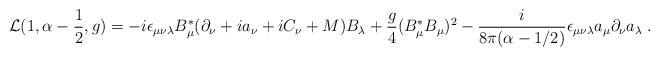
LaTeX: \begin{align*}{\cal L}(1,\alpha-\frac{1}{2},g)= - i \epsilon_{\mu \nu \lambda} B^*_\mu ( \partial_\nu+ i a_\nu + i C_\nu +M ) B_\lambda + \frac{g}{4}(B^*_\mu B_\mu)^2- \frac{i}{8 \pi (\alpha - 1/2)} \epsilon_{\mu \nu \lambda}a_\mu \partial_\nu a_\lambda\;. \end{align*}